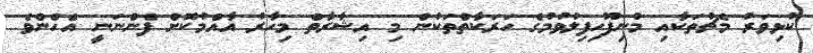
ކުޅިވަރު މެޗުތަކާއި މުނިފޫހިފިލުވުމުގެ ހަރަކާތްތަކުން މި އިޝާރާތް މިހާރު އާއްމުކޮށް ފެންނަނީ އެހެންވެ